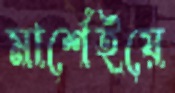
মার্শেইয়ে